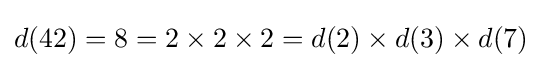
d(42)=8=2\times 2\times 2=d(2)\times d(3)\times d(7)